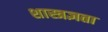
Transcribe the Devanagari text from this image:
शास्त्रज्ञता